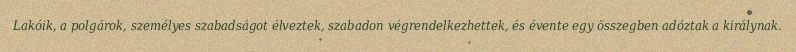
Lakóik, a polgárok, személyes szabadságot élveztek, szabadon végrendelkezhettek, és évente egy összegben adóztak a királynak.